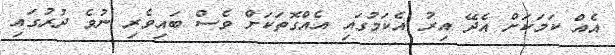
އެއް ކަމަކަށް އެދޭ އިރު އެކަމުގައި އެއްގޮތަކަށް ވެސް ބައިވެރި ނުވެ ދުރުގައި